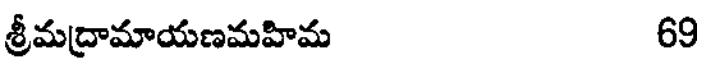
శ్రీమద్రామాయణమహిమ 69